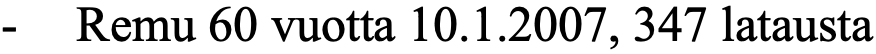
- Remu 60 vuotta 10.1.2007, 347 latausta